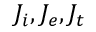
J _ { i } , J _ { e } , J _ { t }